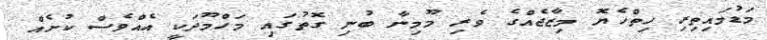
މަޑުމައިތިރި ހިތްހެޔޮ މިޒާޖެއްގެ ވެރި މޫމިނާ ބުނި ގޮތުގައި މަހްމޫދަކީ އެއްވެސް ކުށެއް